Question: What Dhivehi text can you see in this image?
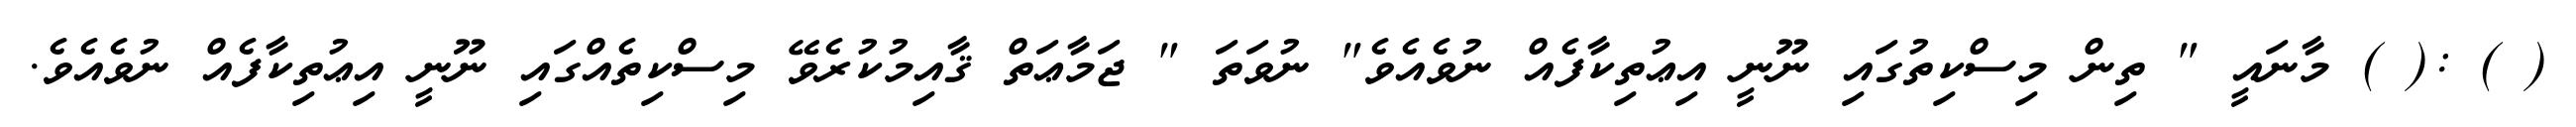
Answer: ( ) :( ) މާނައީ " ތިން މިސްކިތުގައި ނޫނީ އިޢުތިކާފެއް ނުވެއެވެ" ނުވަތަ " ޖަމާޢަތް ޤާއިމުކުރެވޭ މިސްކިތެއްގައި ނޫނީ އިޢުތިކާފެއް ނުވެއެވެ.